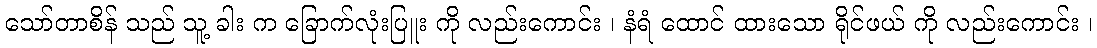
သော်တာစိန် သည် သူ့ ခါး က ခြောက်လုံးပြူး ကို လည်းကောင်း ၊ နံရံ ထောင် ထားသော ရိုင်ဖယ် ကို လည်းကောင်း ၊